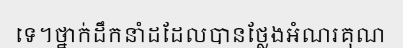
ទេ។ថ្នាក់ដឹកនាំដដែលបានថ្លែងអំណរគុណ